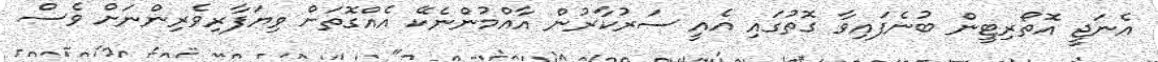
އެނަޖީ އޮތޯރިޓީން ބުނެފައިވާ ގޮތުގައި އެއީ ސަރުކާރުން އާއްމުންނެކޭ އެއްގޮތަށް ވިޔަފާރިވެރިންނަށް ވެސް